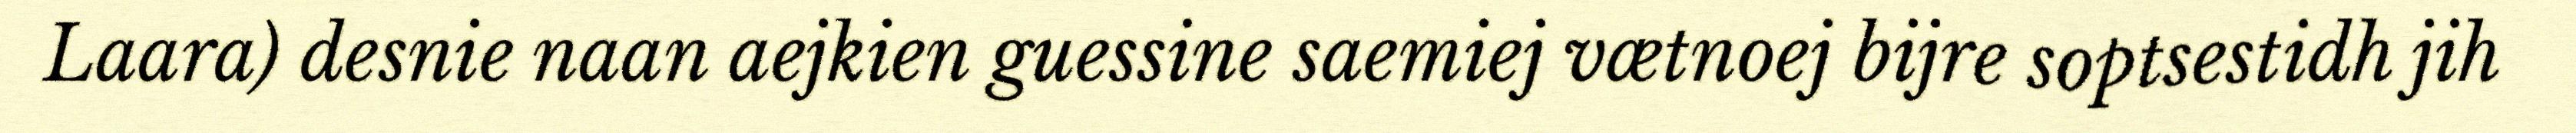
Laara) desnie naan aejkien guessine saemiej vætnoej bijre soptsestidh jih